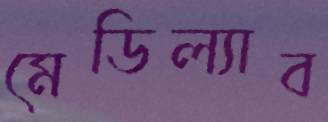
মেডিল্যাব